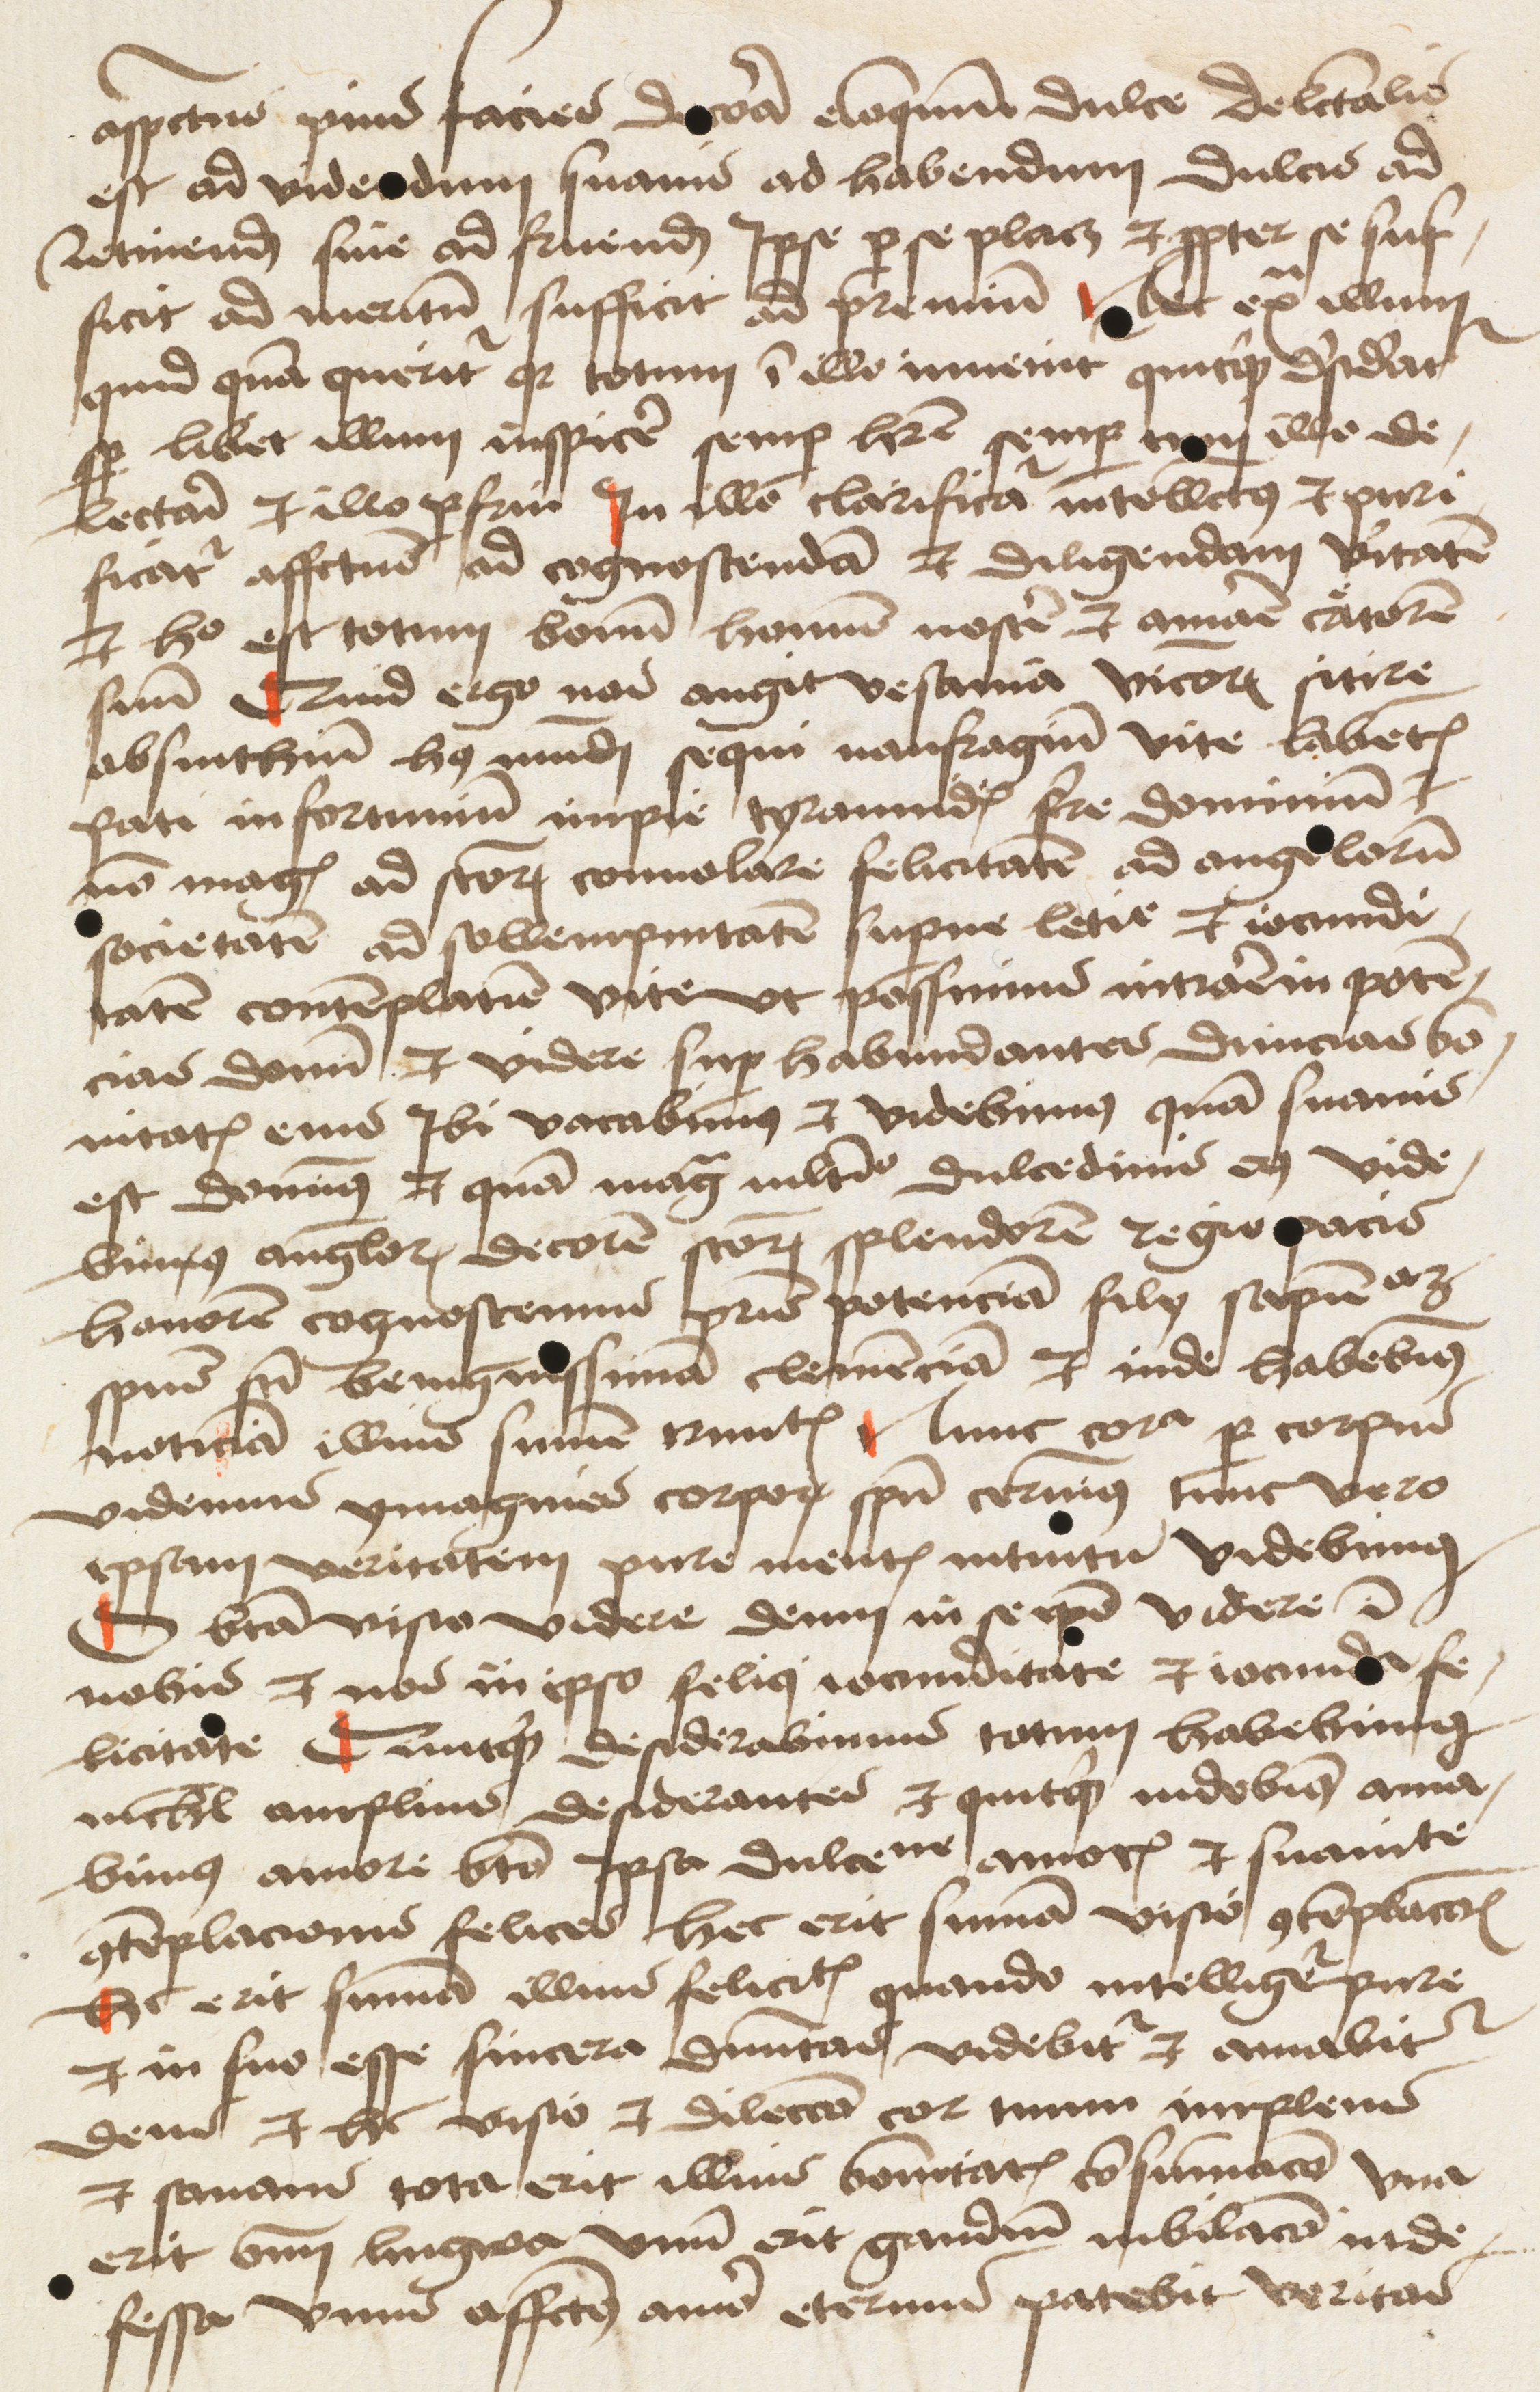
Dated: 1475–1499